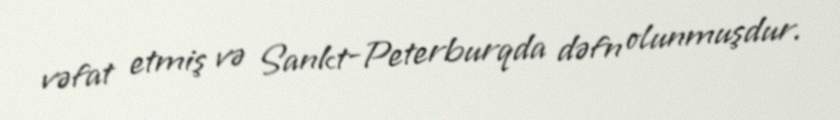
vəfat etmiş və Sankt-Peterburqda dəfn olunmuşdur.